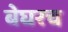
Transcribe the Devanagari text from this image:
बेघरच